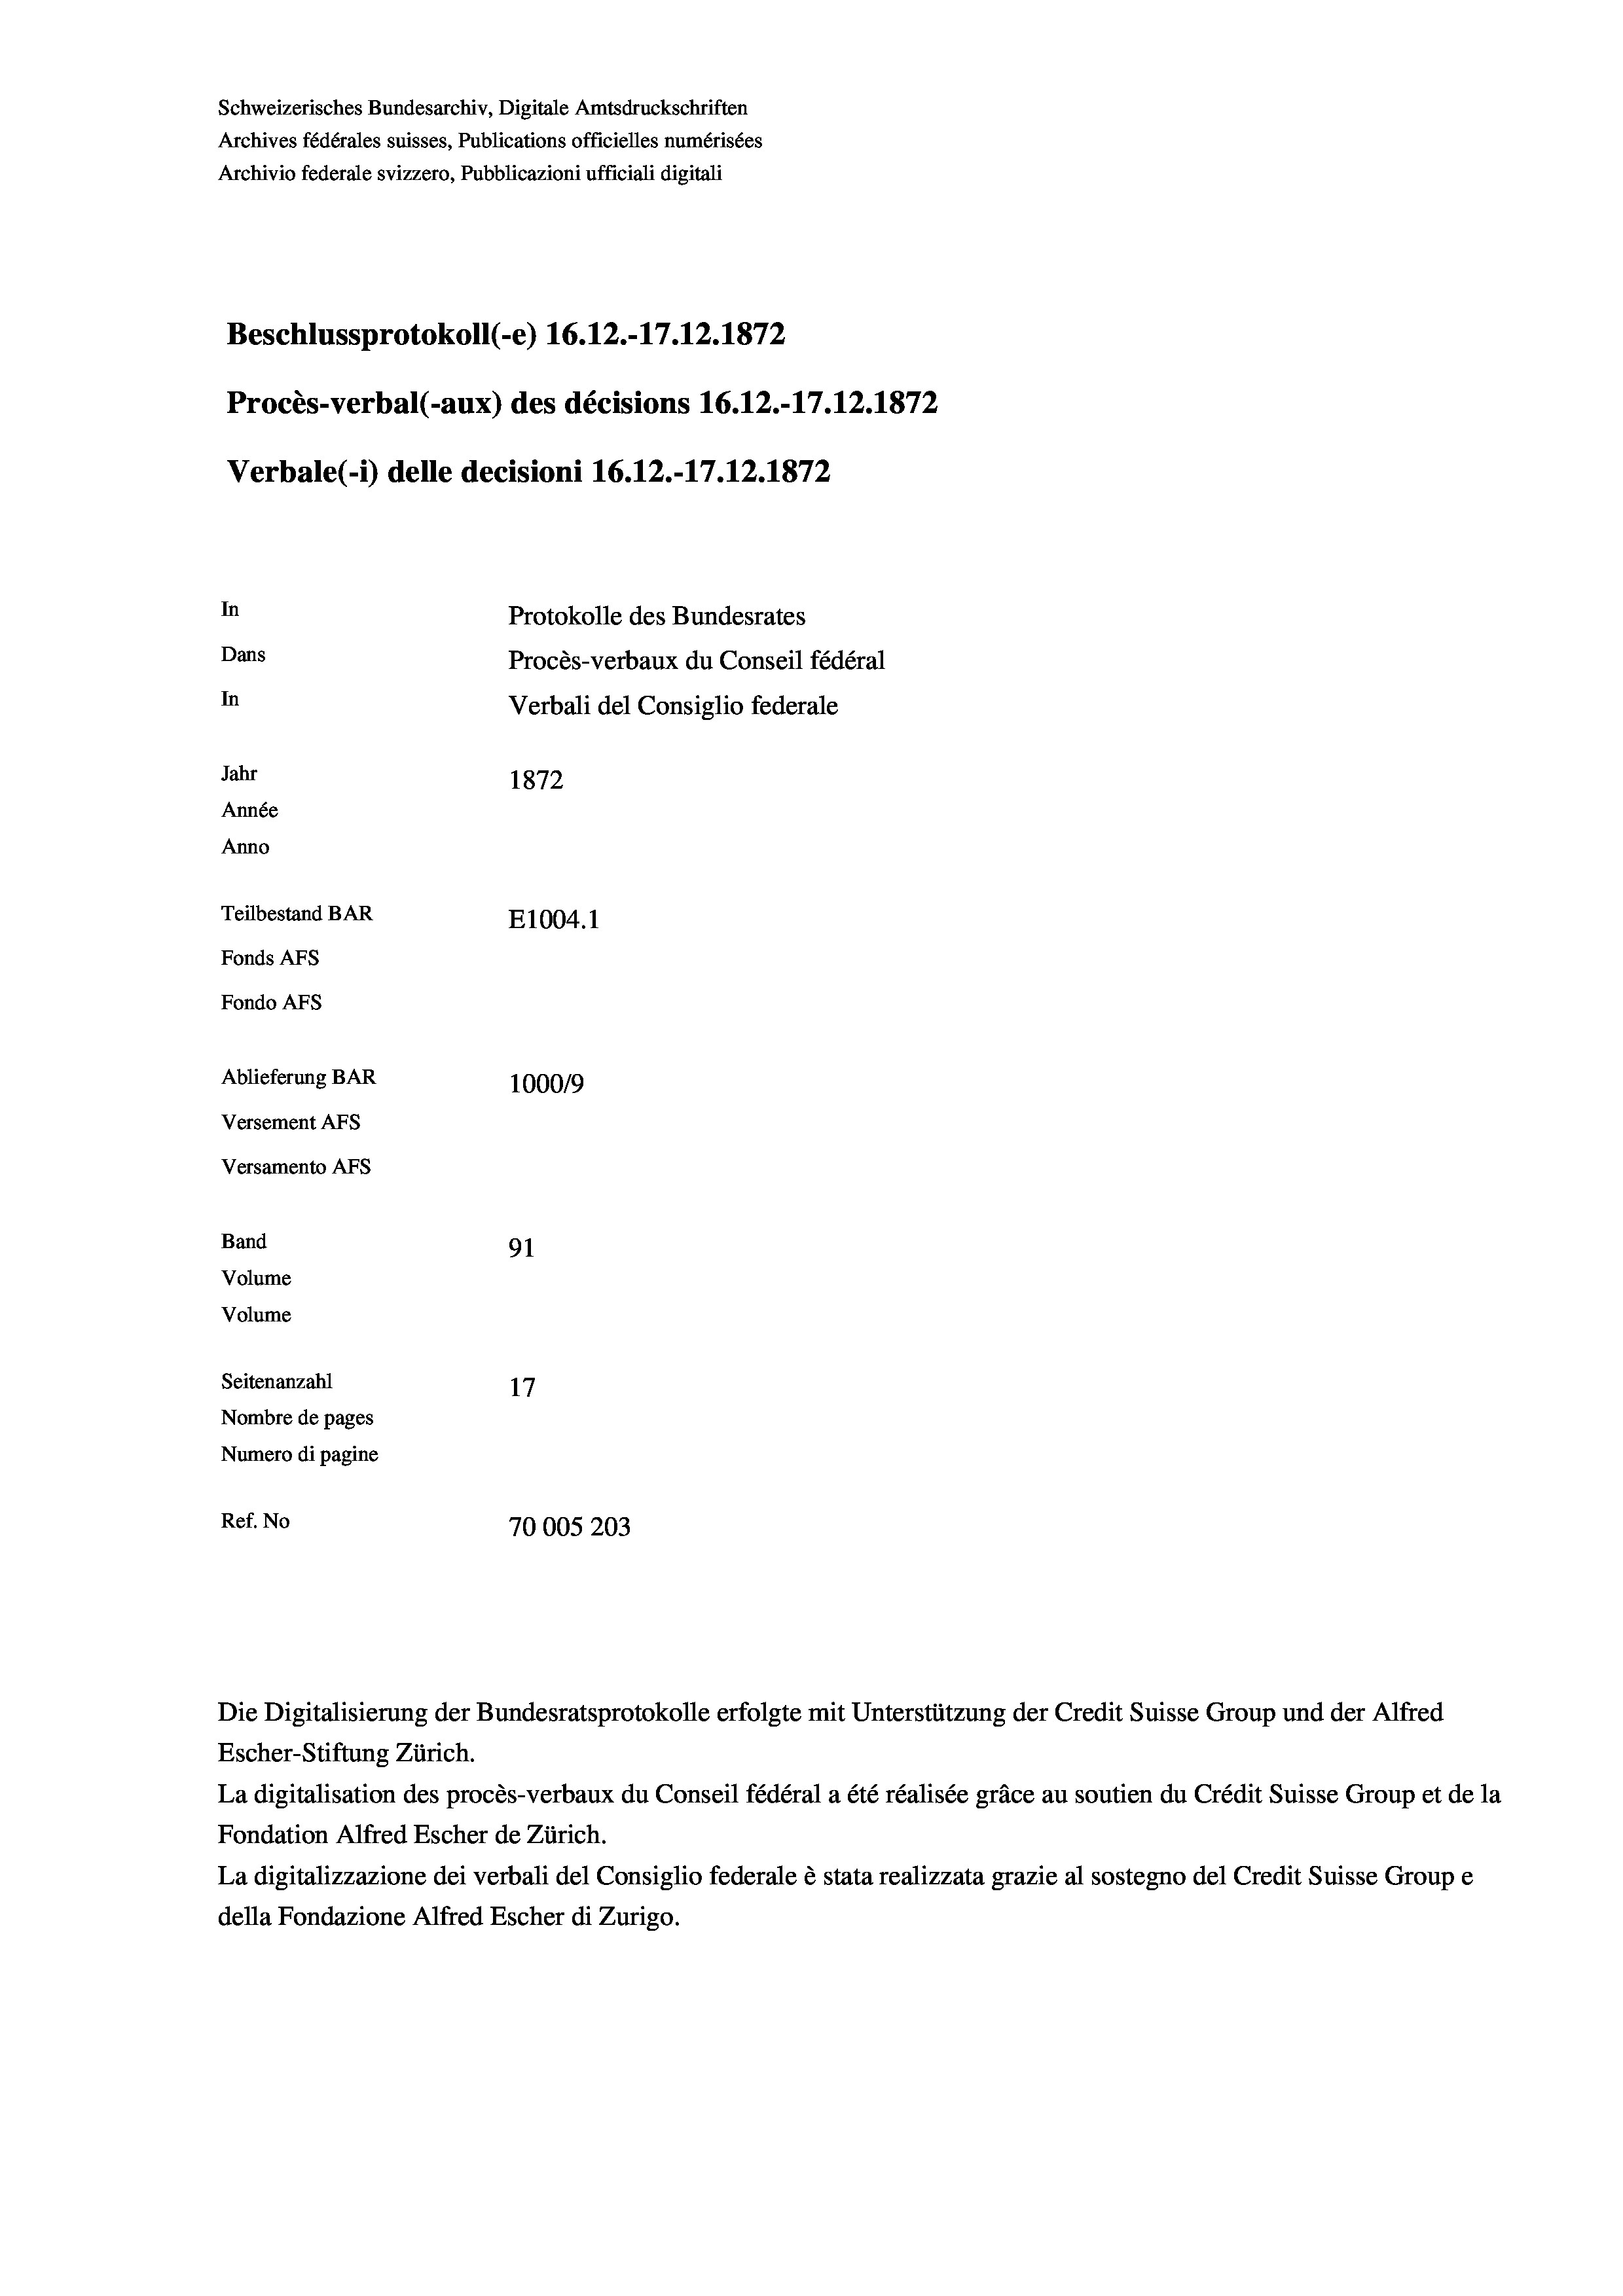
Schweizerisches Bundesarchiv, Digitale Amtsdruckschriften
Archives fédérales suisses, Publications officielles numérisées
Archivio federale svizzero, Pubblicazioni ufficiali digitali
Beschlussprotokoll (-e) 16.12.-17.12.1872
Procès-verbal (-aux) des décisions 16.12.-17.12.1872
Verbale(- 1) delle decisioni 16.12.-17.12.1872
In
Protokolle des Bundesrates
Dans
Procès-verbaux du Conseil fédéral
In
Verbali del Consiglio federale
Jahr
1872
Année
Anno
Teilbestand BAR
E1004. 1
Fonds Afs
Fondo AFs
Ablieferung BAR
100019
Versement AFs
Versamento AFs

91
Volume
Seitenanzahl
17
Nombre de pages
Numero di pagine
Ref. No
70005203

Band
Volume

Escher-Stiftung Zürich.
La digitalisation des procès-verbaux du Conseil fédéral a été réalisée gräce au soutien du Crédit Suisse Group et de la
Fondation Alfred Escher de Zürich.
La digitalizzazione dei verbali del Consiglio federale è stata realizzata grazie al sostegno del Credit Suisse Groupe
della Fondazione Alfred Escher di Zurigo.

Die Digitalisierung der Bundesratsprotokolle erfolgte mit Unterstützung der Credit Suisse Group und der Alfred